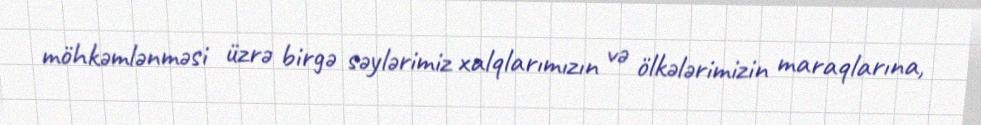
möhkəmlənməsi üzrə birgə səylərimiz xalqlarımızın və ölkələrimizin maraqlarına,